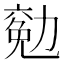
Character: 𠢖